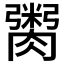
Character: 𮌿